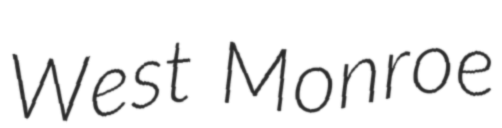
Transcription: West Monroe